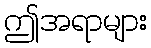
ဤအရာများ